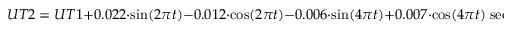
U T 2 = U T 1 + 0 . 0 2 2 \cdot \sin ( 2 \pi t ) - 0 . 0 1 2 \cdot \cos ( 2 \pi t ) - 0 . 0 0 6 \cdot \sin ( 4 \pi t ) + 0 . 0 0 7 \cdot \cos ( 4 \pi t ) \; { \mathrm { s e c o n d s } }